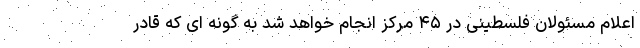
اعلام مسئولان فلسطینی در ۴۵ مرکز انجام خواهد شد به گونه ای که قادر